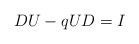
LaTeX: \begin{align*} DU-qUD=I\end{align*}